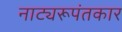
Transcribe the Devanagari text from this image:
नाट्यरूपंतकार